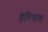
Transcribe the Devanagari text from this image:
हरिपल